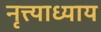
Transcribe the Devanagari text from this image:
नृत्त्याध्याय